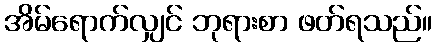
အိမ်ရောက်လျှင် ဘုရားစာ ဖတ်ရသည်။